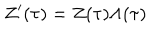
Z ^ { \prime } ( \tau ) = Z ( \tau ) \Lambda ( \tau )